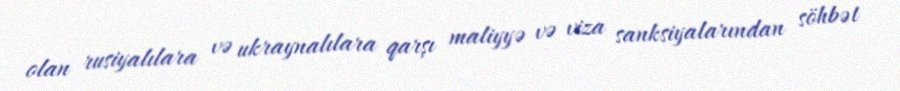
olan rusiyalılara və ukraynalılara qarşı maliyyə və viza sanksiyalarından söhbət